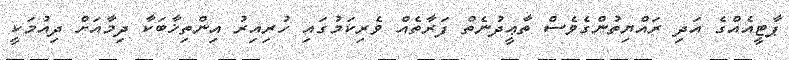
ޕާޓީއެއްގެ އަދި ރައްޔިތުންގެވެސް ތާޢީދުނެތް ފަރާތެއް ވެރިކަމުގައި ހުރިއިރު އިންތިޚާބަކާ ދިމާއަށް ދިއުމަކީ